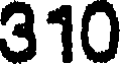
310